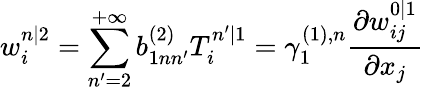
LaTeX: w_{i}^{n|2}=\sum_{n^{\prime}=2}^{+\infty}b_{1nn^{\prime}}^{(2)}T_{i}^{n^{\prime}|1}=\gamma_{1}^{(1),n}\frac{\partial w_{ij}^{0|1}}{\partial x_{j}}